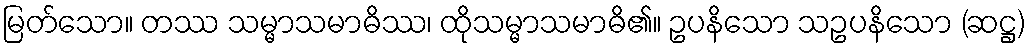
မြတ်သော။ တဿ သမ္မာသမာဓိဿ၊ ထိုသမ္မာသမာဓိ၏။ ဥပနိသော သဥပနိသော (ဆဋ္ဌ)